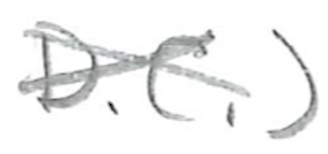
Text: D.C.)
Cross-out: cross
Writing tool: pencil